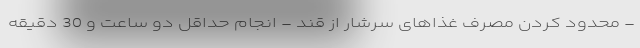
- محدود کردن مصرف غذاهای سرشار از قند - انجام حداقل دو ساعت و 30 دقیقه